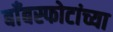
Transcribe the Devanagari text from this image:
बाँबस्फोटांच्या